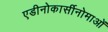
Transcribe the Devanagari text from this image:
एडीनोकार्सीनोमाओं